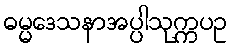
ဓမ္မဒေသနာအပ္ပါသုက္ကပဥ